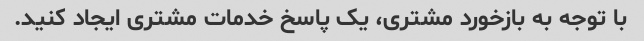
با توجه به بازخورد مشتری، یک پاسخ خدمات مشتری ایجاد کنید.